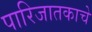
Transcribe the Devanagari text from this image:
पारिजातकाचे